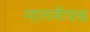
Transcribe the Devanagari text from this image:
मालवीयश्च